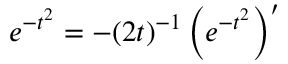
e ^ { - t ^ { 2 } } = - ( 2 t ) ^ { - 1 } \left( e ^ { - t ^ { 2 } } \right) ^ { \prime }